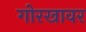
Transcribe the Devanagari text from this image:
गोरखावर